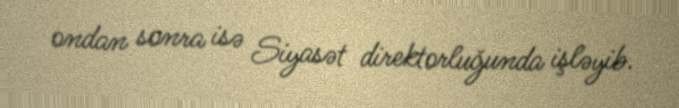
ondan sonra isə Siyasət direktorluğunda işləyib.